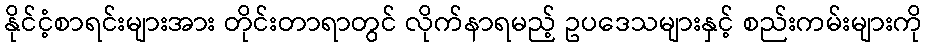
နိုင်ငံ့စာရင်းများအား တိုင်းတာရာတွင် လိုက်နာရမည့် ဥပဒေသများနှင့် စည်းကမ်းများကို